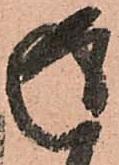
返